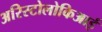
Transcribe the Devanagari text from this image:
अरिस्टोलोकिआई